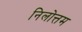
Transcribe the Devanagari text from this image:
निलोत्तम